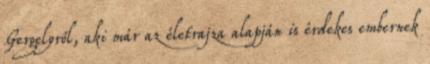
Gergelyről, aki már az életrajza alapján is érdekes embernek